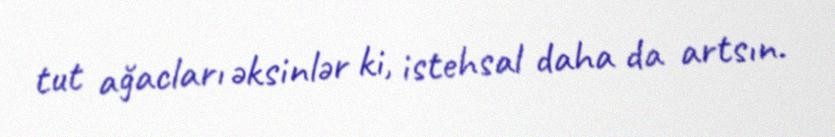
tut ağacları əksinlər ki, istehsal daha da artsın.